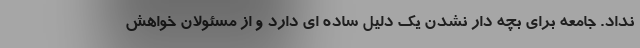
نداد. جامعه برای بچه دار نشدن یک دلیل ساده ای دارد و از مسئولان خواهش